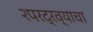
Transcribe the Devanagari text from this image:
२परद्रव्याचा